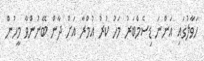
ހަވާލުގައި އަންނަ ޑިސެމްބަރު މަހު ކުރު އުމްރާ އަށް ދާން ބޭނުންވާ މީހުން